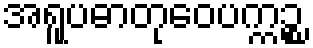
အရူပဓာတုဝေပက္ကဉ္စ